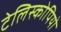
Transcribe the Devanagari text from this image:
टेलिस्कोपियो